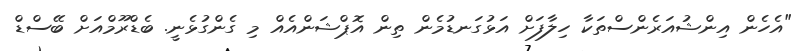
"އެހެން އިންޝުއަރެންސްތަކާ ހިލާފަށް އަޅުގަނޑުމެން ތިން އޮޕްޝަންއެއް މި ގެންގުޅެނީ. ބެޑްރޫމްއަށް ބޭސްޑް